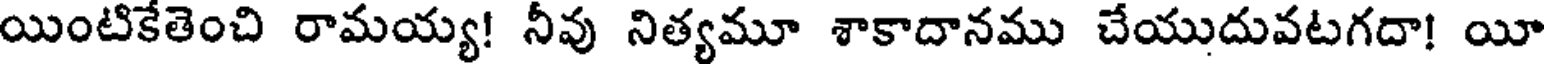
యింటికేతెంచి రామయ్య! నీవు నిత్యమూ శాకాదానము చేయుదువటగదా! యీ